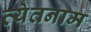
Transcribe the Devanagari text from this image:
व्येतनाम